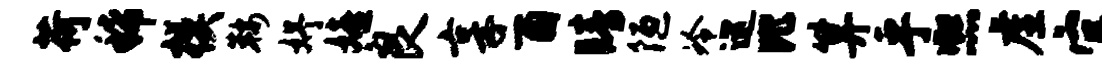
荷稀模鞍妤嬉良享酉睛陋冷巡比算乎熙虚官